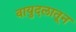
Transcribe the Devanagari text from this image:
वायुदलातून